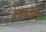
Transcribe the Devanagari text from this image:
बालतान